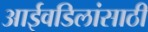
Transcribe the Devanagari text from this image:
आईवडिलांसाठी